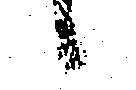
候